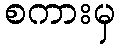
စကားမှ